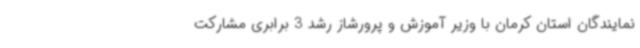
نمایندگان استان کرمان با وزیر آموزش و پرورشاز رشد 3 برابری مشارکت